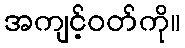
အကျင့်ဝတ်ကို။